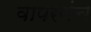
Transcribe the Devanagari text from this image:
वापरणंच